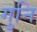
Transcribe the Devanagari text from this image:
गुनि